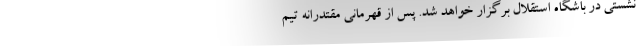
نشستی در باشگاه استقلال برگزار خواهد شد. پس از قهرمانی مقتدرانه تیم